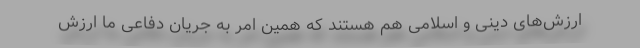
ارزش‌های دینی و اسلامی هم هستند که همین امر به جریان دفاعی ما ارزش